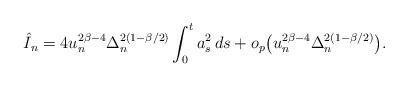
LaTeX: \begin{align*} \hat{I}_n=4u_n^{2\beta-4}\Delta_n^{2(1-\beta/2)}\int^t_0a_s^2\,ds+o_p\bigl(u_n^{2\beta-4}\Delta_n^{2(1-\beta/2)}\bigr).\end{align*}